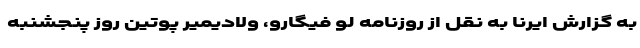
به گزارش ایرنا به نقل از روزنامه لو فیگارو، ولادیمیر پوتین روز پنجشنبه